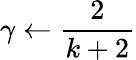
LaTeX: \gamma\leftarrow{\frac{2}{k+2}}